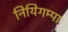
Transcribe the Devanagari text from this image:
नियिगम्‍पा